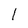
Character: I